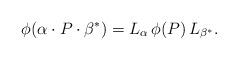
LaTeX: \begin{align*} \phi( \alpha \cdot P \cdot \beta^*) = L_\alpha \, \phi(P) \, L_{\beta^*}.\end{align*}